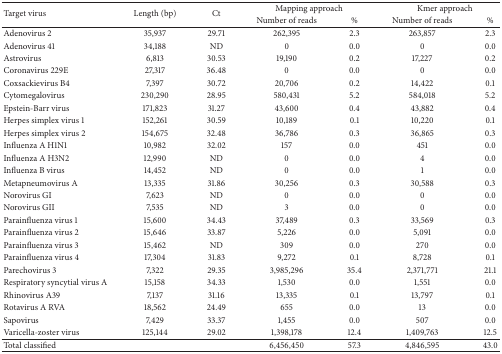
<table><thead><tr><td rowspan="2"><b>Target virus</b></td><td rowspan="2"><b>Length (bp)</b></td><td rowspan="2"><b>Ct</b></td><td colspan="2"><b>Mapping approach</b></td><td colspan="2"><b>Kmer approach</b></td></tr><tr><td><b>Number of reads</b></td><td><b>%</b></td><td><b>Number of reads</b></td><td><b>%</b></td></tr></thead><tbody><tr><td>Adenovirus 2</td><td>35,937</td><td>29.71</td><td>262,395</td><td>2.3</td><td>263,857</td><td>2.3</td></tr><tr><td>Adenovirus 41</td><td>34,188</td><td>ND</td><td>0</td><td>0.0</td><td>0</td><td>0.0</td></tr><tr><td>Astrovirus</td><td>6,813</td><td>30.53</td><td>19,190</td><td>0.2</td><td>17,227</td><td>0.2</td></tr><tr><td>Coronavirus 229E</td><td>27,317</td><td>36.48</td><td>0</td><td>0.0</td><td>0</td><td>0.0</td></tr><tr><td>Coxsackievirus B4</td><td>7,397</td><td>30.72</td><td>20,706</td><td>0.2</td><td>14,422</td><td>0.1</td></tr><tr><td>Cytomegalovirus</td><td>230,290</td><td>28.95</td><td>580,431</td><td>5.2</td><td>584,018</td><td>5.2</td></tr><tr><td>Epstein-Barr virus</td><td>171,823</td><td>31.27</td><td>43,600</td><td>0.4</td><td>43,882</td><td>0.4</td></tr><tr><td>Herpes simplex virus 1</td><td>152,261</td><td>30.59</td><td>10,189</td><td>0.1</td><td>10,220</td><td>0.1</td></tr><tr><td>Herpes simplex virus 2</td><td>154,675</td><td>32.48</td><td>36,786</td><td>0.3</td><td>36,865</td><td>0.3</td></tr><tr><td>Influenza A H1N1</td><td>10,982</td><td>32.02</td><td>157</td><td>0.0</td><td>451</td><td>0.0</td></tr><tr><td>Influenza A H3N2</td><td>12,990</td><td>ND</td><td>0</td><td>0.0</td><td>4</td><td>0.0</td></tr><tr><td>Influenza B virus</td><td>14,452</td><td>ND</td><td>0</td><td>0.0</td><td>1</td><td>0.0</td></tr><tr><td>Metapneumovirus A</td><td>13,335</td><td>31.86</td><td>30,256</td><td>0.3</td><td>30,588</td><td>0.3</td></tr><tr><td>Norovirus GI</td><td>7,623</td><td>ND</td><td>0</td><td>0.0</td><td>0</td><td>0.0</td></tr><tr><td>Norovirus GII</td><td>7,535</td><td>ND</td><td>3</td><td>0.0</td><td>0</td><td>0.0</td></tr><tr><td>Parainfluenza virus 1</td><td>15,600</td><td>34.43</td><td>37,489</td><td>0.3</td><td>33,569</td><td>0.3</td></tr><tr><td>Parainfluenza virus 2</td><td>15,646</td><td>33.87</td><td>5,226</td><td>0.0</td><td>5,091</td><td>0.0</td></tr><tr><td>Parainfluenza virus 3</td><td>15,462</td><td>ND</td><td>309</td><td>0.0</td><td>270</td><td>0.0</td></tr><tr><td>Parainfluenza virus 4</td><td>17,304</td><td>31.83</td><td>9,272</td><td>0.1</td><td>8,728</td><td>0.1</td></tr><tr><td>Parechovirus 3</td><td>7,322</td><td>29.35</td><td>3,985,296</td><td>35.4</td><td>2,371,771</td><td>21.1</td></tr><tr><td>Respiratory syncytial virus A</td><td>15,158</td><td>34.33</td><td>1,530</td><td>0.0</td><td>1,551</td><td>0.0</td></tr><tr><td>Rhinovirus A39</td><td>7,137</td><td>31.16</td><td>13,335</td><td>0.1</td><td>13,797</td><td>0.1</td></tr><tr><td>Rotavirus A RVA</td><td>18,562</td><td>24.49</td><td>655</td><td>0.0</td><td>13</td><td>0.0</td></tr><tr><td>Sapovirus</td><td>7,429</td><td>33.37</td><td>1,455</td><td>0.0</td><td>507</td><td>0.0</td></tr><tr><td>Varicella-zoster virus</td><td>125,144</td><td>29.02</td><td>1,398,178</td><td>12.4</td><td>1,409,763</td><td>12.5</td></tr><tr><td>Total classified</td><td> </td><td> </td><td>6,456,450</td><td>57.3</td><td>4,846,595</td><td>43.0</td></tr></tbody></table>